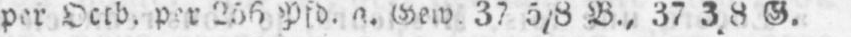
Gew. 37 5/8 B., 37 3/8 G.